Malaria in the Andamans - Number 56
Disease focus: Malaria
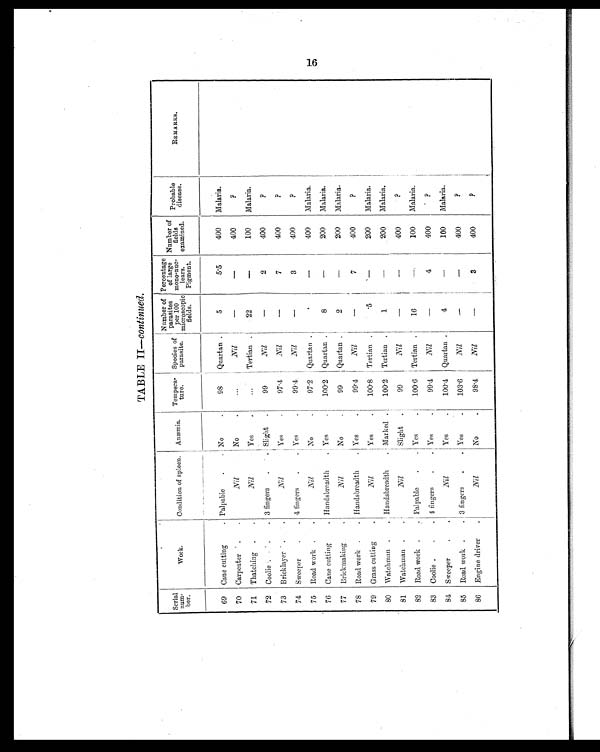
TABLE II—continued.
Serial
num-
ber.
Work.
Condition of spleen. Anæmia.
Tempera-
ture.
Species of
parasite.
Number of
parasites
per 100
microscopic
fields.
Percentage
of large
mono-nuc-
lears,
Pigment.
Number of
fields
examined.
Probable
disease.
REMARKS.
69
Cane cutting
. Palpable
.
. No
.
98
Quartan .
5
5.5
400
Malaria.
70
Carpenter .
.
Nil
No
.
...
Nil
—
—
400
?
71
Thatching .
.
Nil
Yes
.
. . . Tertian .
22
—
100
Malaria.
72
Coolie .
.
.
3 fingers
.
.
Slight
.
99
Nil
—
2
400
?
73
Bricklayer .
.
Nil
Yes
.
97.4
Nil
—
7
400
?
74
Sweeper
.
. 4 fingers
.
. Yes
.
99.4
Nil
—
3
400
?
75
Road work .
.
Nil
No
.
97.2
Quartan .
.
—
400
Malaria.
76
Cane cutting
. Handsbreadth
. Yes
.
100.2
Quartan .
8
—
200
Malaria.
77 Brickmaking
.
Nil
No
.
99
Quartan .
2
—
200
Malaria.
78
Road work .
. Handsbreadth
. Yes
.
99.4
Nil
—
7
400
?
79 Grass cutting
.
Nil
Yes
.
100.8
Tertian .
.5
—
200
Malaria.
80
Watchman .
. Handsbreadth
. Marked .
100.2
Tertian .
1
—
200
Malaria.
81
Watchman .
.
Nil
Slight
.
99
Nil
—
—
400
?
82
Road work .
. Palpable
.
. Yes
.
100.6
Tertian .
16
—
100
Malaria.
83
Coolie .
.
. 4 fingers
.
. Yes
.
99.4
Nil
—
4
400
?
84 Sweeper
.
.
Nil
Yes
.
100.4
Quartan .
4
—
100
Malaria.
85
Road work .
. 3 fingers
.
. Yes
.
103.6
Nil
—
—
400
?
86
Engine driver
.
Nil
No
.
98.4
Nil
—
3
400
?
16